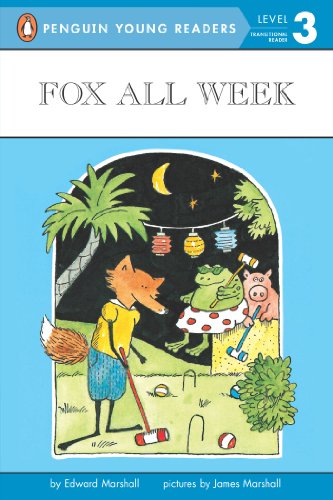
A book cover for Fox All Week (Penguin Young Readers, Level 3); Edward Marshall; Children's Books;